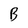
Character: B